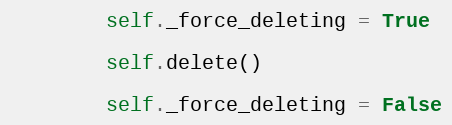
Language: Python
        self._force_deleting = True

        self.delete()

        self._force_deleting = False